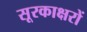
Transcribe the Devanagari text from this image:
सूरकाक्षरों